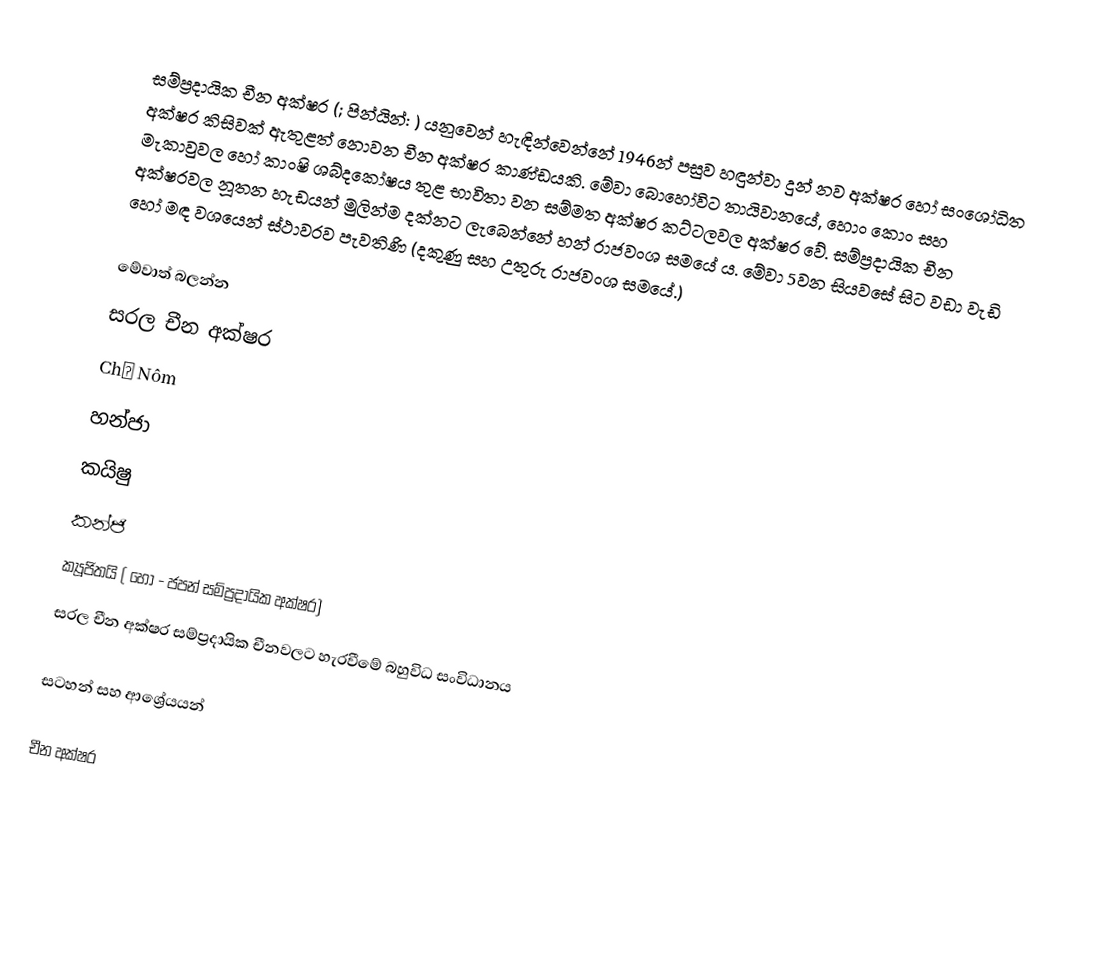
සම්ප්‍රදායික චීන අක්ෂර (; පින්යින්: ) ‍යනුවෙන් හැඳින්වෙන්නේ 1946න් පසුව හඳුන්වා දුන් නව අක්ෂර හෝ සංශෝධිත අක්ෂර කිසිවක් ඇතුළත් නොවන චීන අක්ෂර කාණ්ඩයකි. මේවා බොහෝවිට තායිවානයේ, හොං කොං සහ මැකාවුවල හෝ කාංෂි ශබ්දකෝෂය තුළ භාවිතා වන සම්මත අක්ෂර කට්ටලවල අක්ෂර වේ. සම්ප්‍රදායික චීන අක්ෂරවල නූතන හැඩයන් මුලින්ම දක්නට ලැබෙන්නේ හන් රාජවංශ සමයේ ය. මේවා 5වන සියවසේ සිට වඩා වැඩි හෝ මඳ වශයෙන් ස්ථාවරව පැවතිණි (දකුණු සහ උතුරු රාජවංශ සමයේ.)

මේවාත් බලන්න
සරල චීන අක්ෂර
Chữ Nôm
හන්ජා
කයිෂු
කන්ජි
ක්‍යූජිතයි ( හෝ  - ජපන් සම්ප්‍රදායික අක්ෂර)
සරල චීන අක්ෂර සම්ප්‍රදායික චීනවලට හැරවීමේ බහුවිධ සංවිධානය

සටහන් සහ ආශ්‍රේයයන්

චීන අක්ෂර